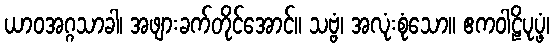
ယာဝအဂ္ဂသာခါ၊ အဖျားခက်တိုင်အောင်။ သဗ္ဗံ၊ အလုံးစုံသော။ ဧကဝါဠိပုပ္ဖံ၊